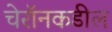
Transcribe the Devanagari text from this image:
चेरॉनकडील